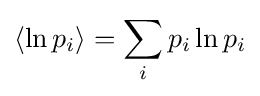
\langle \ln p_{i}\rangle =\sum _{i}p_{i}\ln p_{i}